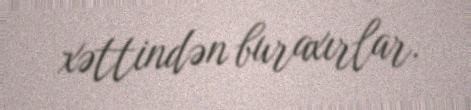
xəttindən buraxırlar.